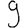
Digit: 9